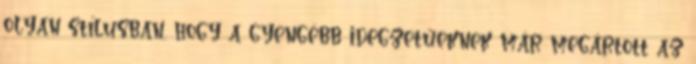
olyan stílusban, hogy a gyengébb idegzetűeknek már megártott az